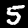
Label: 5